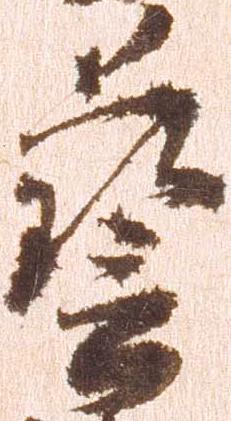
芸